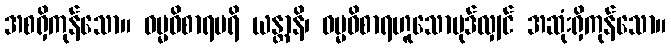
အစရှိကုန်သော။ ဓမ္မဝိစာရပရိ ယန္တာနိ၊ ဓမ္မဝိစာရဟူသောပုဒ်လျှင် အဆုံးရှိကုန်သော။